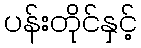
ပန်းတိုင်နှင့်